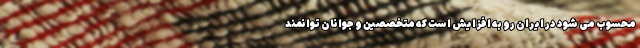
محسوب می شود در ایران رو به افزایش است که متخصصین و جوانان توانمند